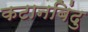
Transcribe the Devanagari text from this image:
कटानबिंदु